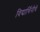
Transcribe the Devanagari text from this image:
विद्यार्थिनीचे